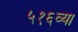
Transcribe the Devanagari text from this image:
५१६व्या